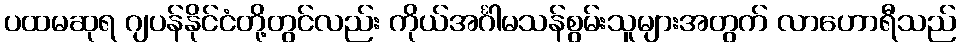
ပထမဆုရ ဂျပန်နိုင်ငံတို့တွင်လည်း ကိုယ်အင်္ဂါမသန်စွမ်းသူများအတွက် လာဟောရီသည်